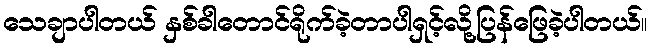
သေချာပါတယ် နှစ်ခါတောင်ရိုက်ခဲ့တာပါရှင့်လို့ပြန်ဖြေခဲ့ပါတယ်။